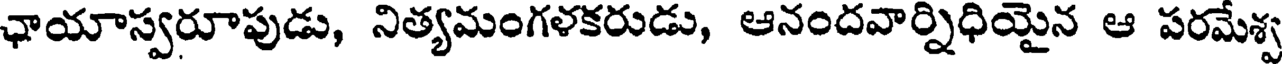
ఛాయాస్వరూపుడు, నిత్యమంగళకరుడు, ఆనందవార్నిధియైన ఆ పరమేశ్వ